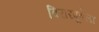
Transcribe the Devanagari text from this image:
विरारपूर्वेला